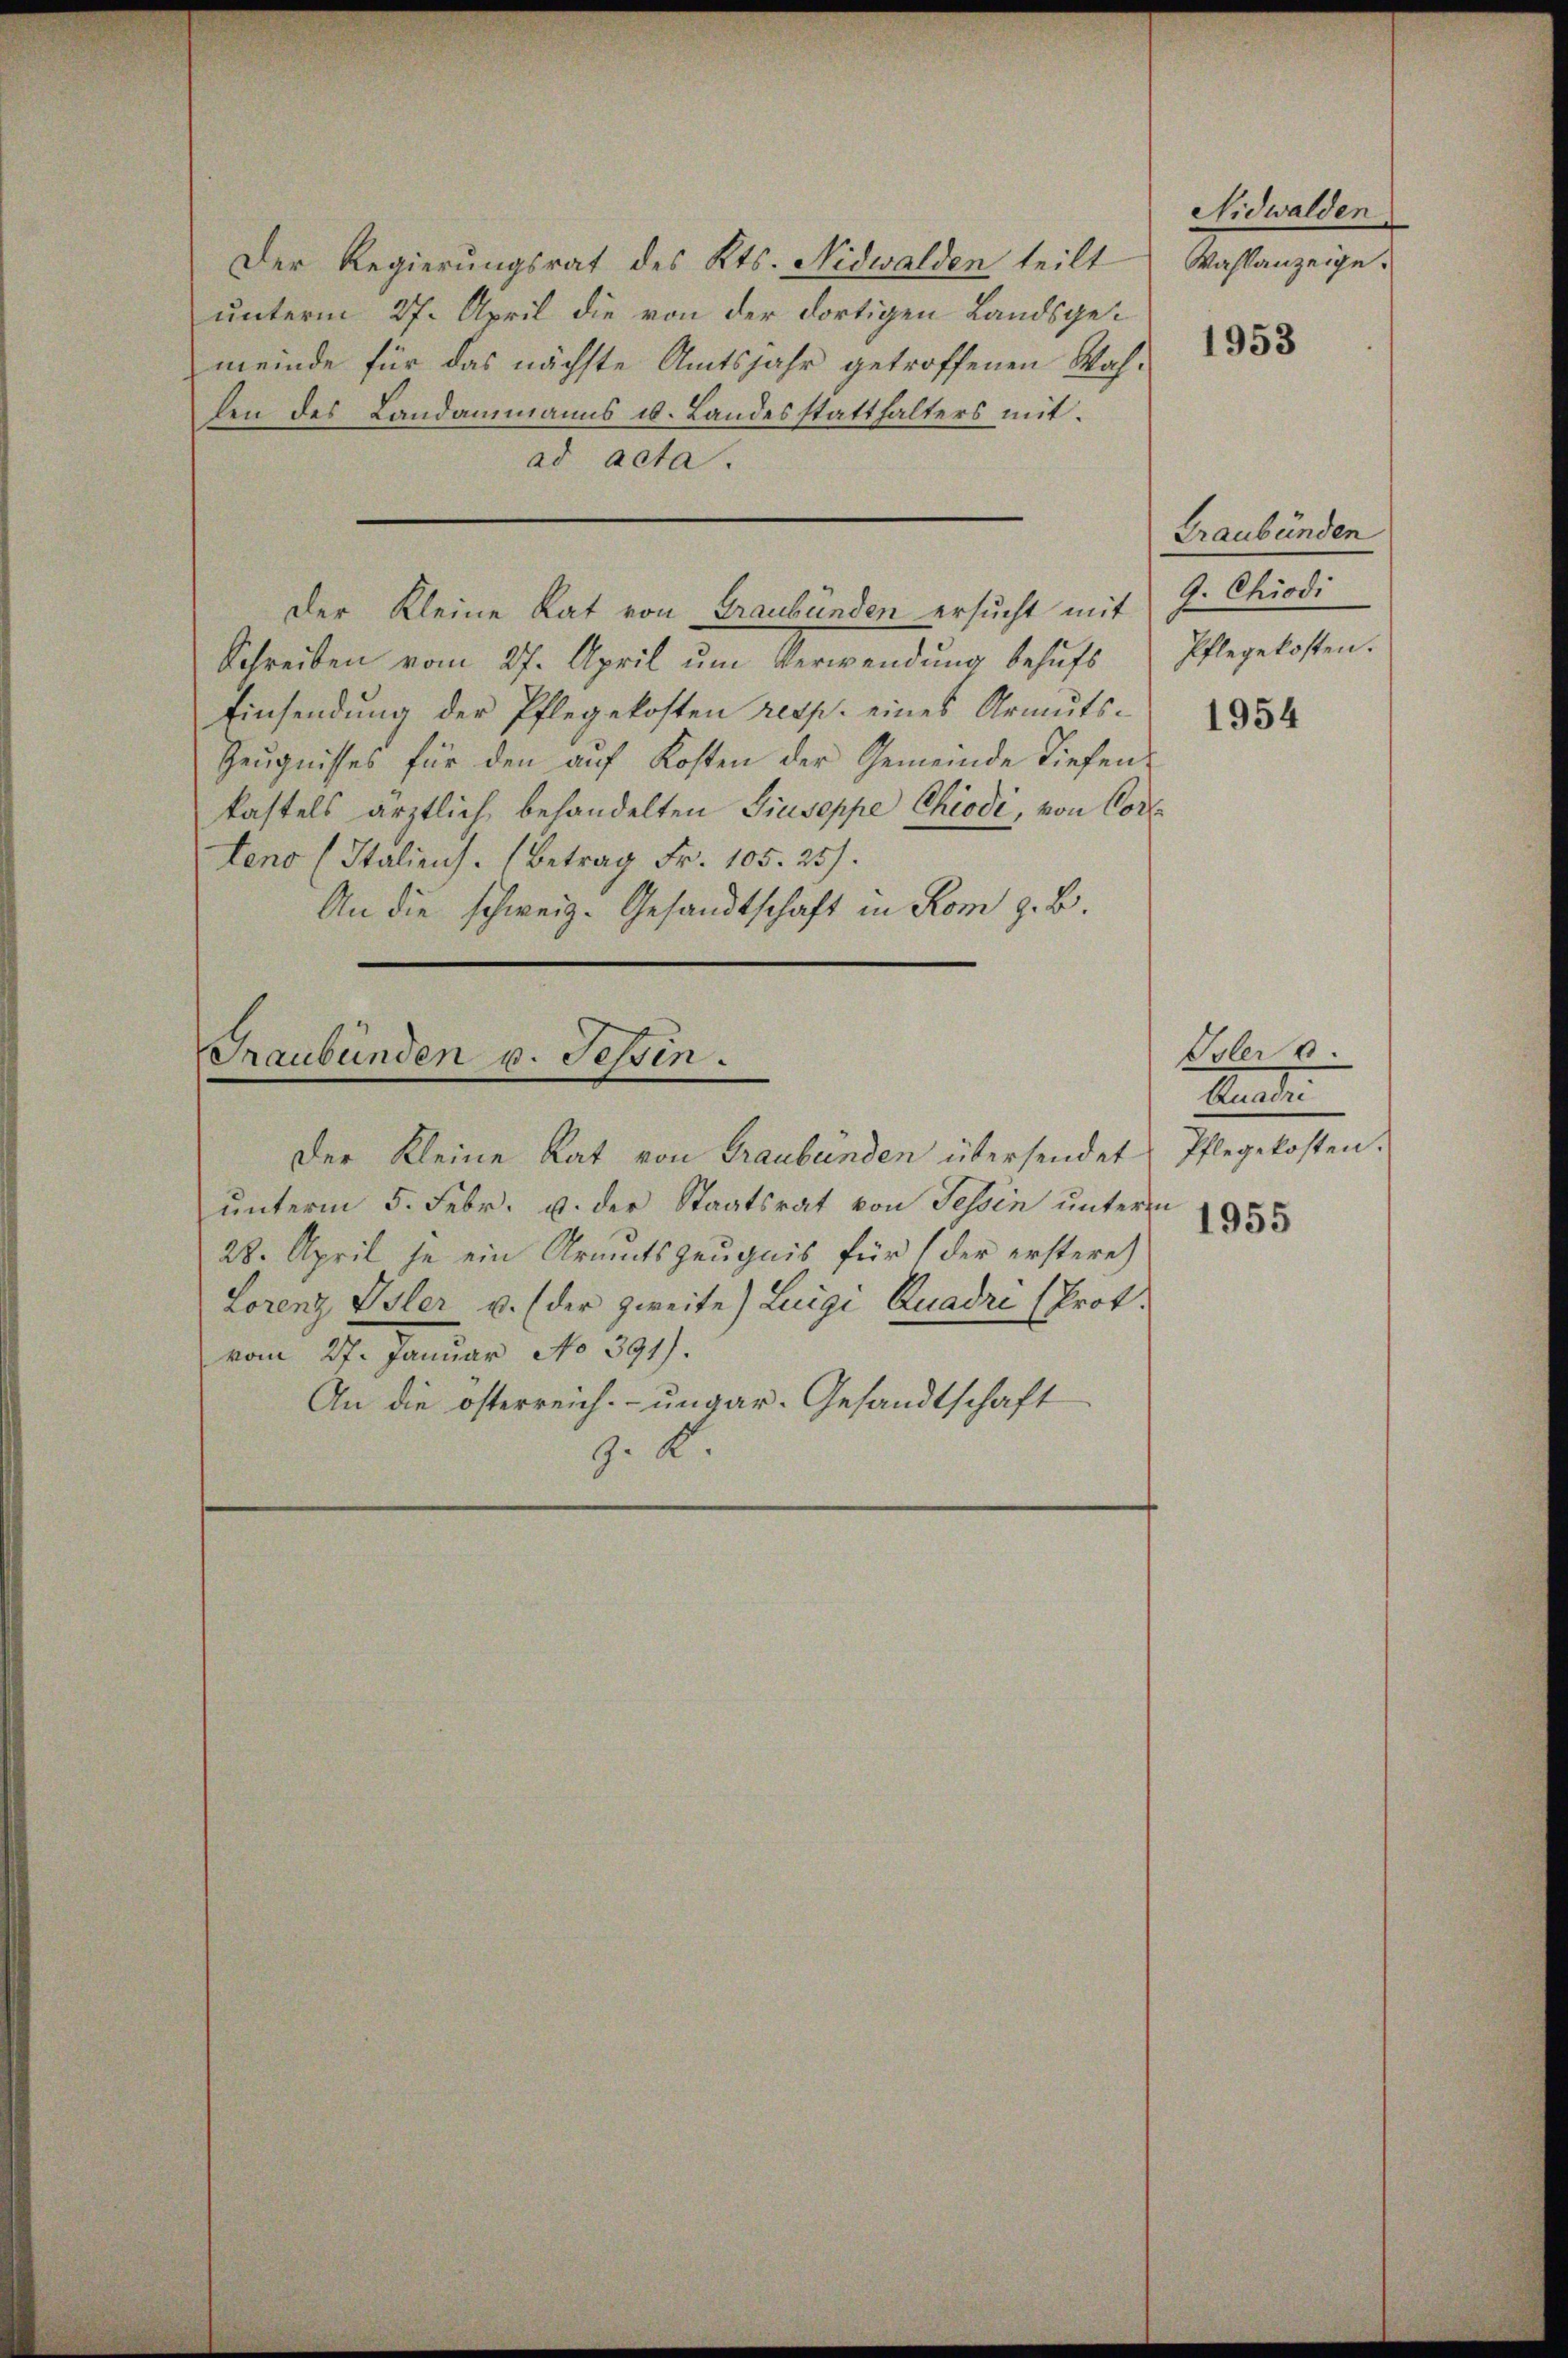
Graubünden v. Tessin.

Der Regierungsrat des Kts. Nidwalden teilt
unterm 27. April die von der dortigen Landsgemeinde für das nächste Amtsjahr getroffenen Wahlen des Landammanns u. Landesstatthalters mit
ad acta.
Der Kleine Rat von Graubünden ersucht mit
Schreiben vom 27. April ŭm Verwendŭng behŭfs Pflegekosten.
Einsendung der Pflegekosten resp. eines Armuts¬
Zeugnisses für den auf Kosten der Gemeinde Tiefenkastels ärztlich behandelten Giuseppe Chrodi, von Cor
tens (Italiens. (Betrag Fr. 105. 25).
An die schweiz. Gesandtschaft in Rom z. B.
Der Kleine Rat von Graubünden übersendet Pflegekosten.
unterm 5. Febr. v. der Staatsrat von Tessin unterm
28. April je ein Armutszeugnis für der erstere
Lorenz Isler u. der zweite) Luigi Ruadri (Prot.
vom 27. Januar No 391.
An die österreich. ungar-Gesandtschaft
9. d.

Nidwalden
Wahlanzeige.

1953

Graubünden
9. Chiodi

1954

Voler v.
Mander

1955